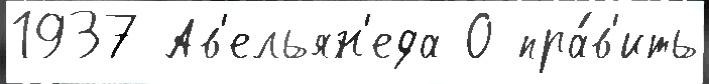
1937 Ав'ельян'еда О пра́в'ить